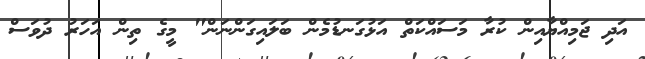
އަދި ޖަމިއްޔާއިން ކުރާ މަސައްކަތް އަޅުގަނޑުމެން ބަލައިގަންނަން" މީގެ ތިން އަހަރު ދުވަސް